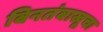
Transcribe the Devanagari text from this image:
बिनतंबाखूचा